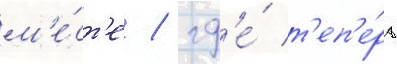
м'е́ст'е / гд'е́ т'еп'е́рь